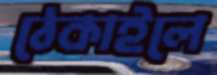
ঠেকাইলে